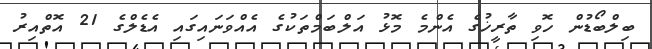
ބިލްބޯޑުން ހޮވި ތާރީޚުގެ އެންމެ މޮޅު އަލްބަމްތަކުގެ އެއްވަނައިގައި އެޑެލްގެ 21 އޮތްއިރު